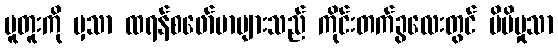
ပူတူးကို မှသာ ထရန်စဖော်မာများသည် ကိုင်းတက်ခွလေးတွင် မိမိမှုသာ